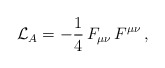
\begin{align*}{\cal L}_A=-\frac{1}{4}\,F_{\mu\nu}\,F^{\mu\nu}\,,\end{align*}